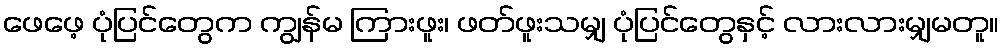
ဖေဖေ့ ပုံပြင်တွေက ကျွန်မ ကြားဖူး၊ ဖတ်ဖူးသမျှ ပုံပြင်တွေနှင့် လားလားမျှမတူ။